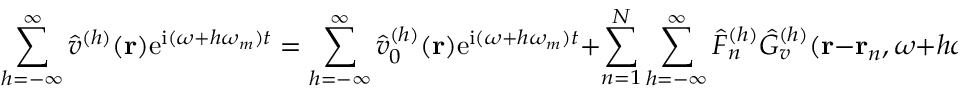
\sum _ { h = - \infty } ^ { \infty } \hat { v } ^ { ( h ) } ( \mathbf { r } ) \mathrm { e } ^ { \mathrm { i } ( \omega + h \omega _ { m } ) t } = \sum _ { h = - \infty } ^ { \infty } \hat { v } _ { 0 } ^ { ( h ) } ( \mathbf { r } ) \mathrm { e } ^ { \mathrm { i } ( \omega + h \omega _ { m } ) t } + \sum _ { n = 1 } ^ { N } \sum _ { h = - \infty } ^ { \infty } \hat { F } _ { n } ^ { ( h ) } \hat { G } _ { v } ^ { ( h ) } ( \mathbf { r } - \mathbf { r } _ { n } , \omega + h \omega _ { m } ) \mathrm { e } ^ { \mathrm { i } ( \omega + h \omega _ { m } ) t } , \quad h \in \mathbb { Z } .